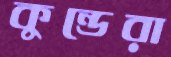
কুন্ডেরা